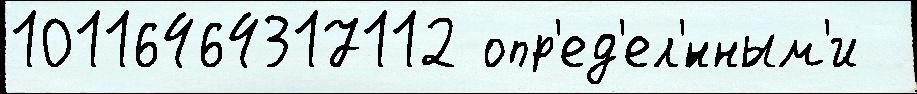
10116464317112 опр'ед'ел'́нным'и